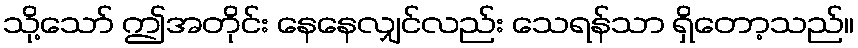
သို့သော် ဤအတိုင်း နေနေလျှင်လည်း သေရန်သာ ရှိတော့သည်။